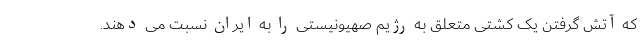
که آتش گرفتن یک کشتی متعلق به رژیم صهیونیستی را به ایران نسبت می دهند.